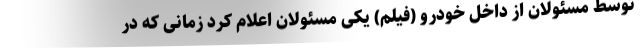
توسط مسئولان از داخل خودرو (فیلم) یکی مسئولان اعلام کرد زمانی که در